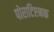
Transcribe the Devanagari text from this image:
पोराटिएनक